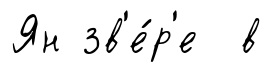
Ян зв'е́р'е в